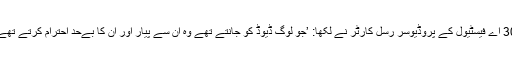
30 اے فیسٹیول کے پروڈیوسر رسل کارٹر نے لکھا: ’جو لوگ ڈیوڈ کو جانتے تھے وہ ان سے پیار اور ان کا بےحد احترام کرتے تھے۔